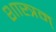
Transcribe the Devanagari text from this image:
शास्त्रम्